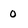
Character: 0